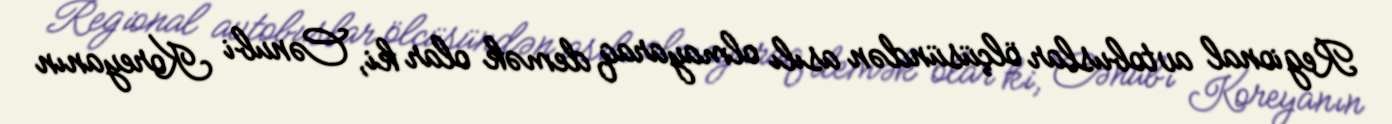
Regional avtobuslar ölçüsündən asılı olmayaraq demək olar ki, Cənubi Koreyanın